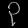
Digit: ၃